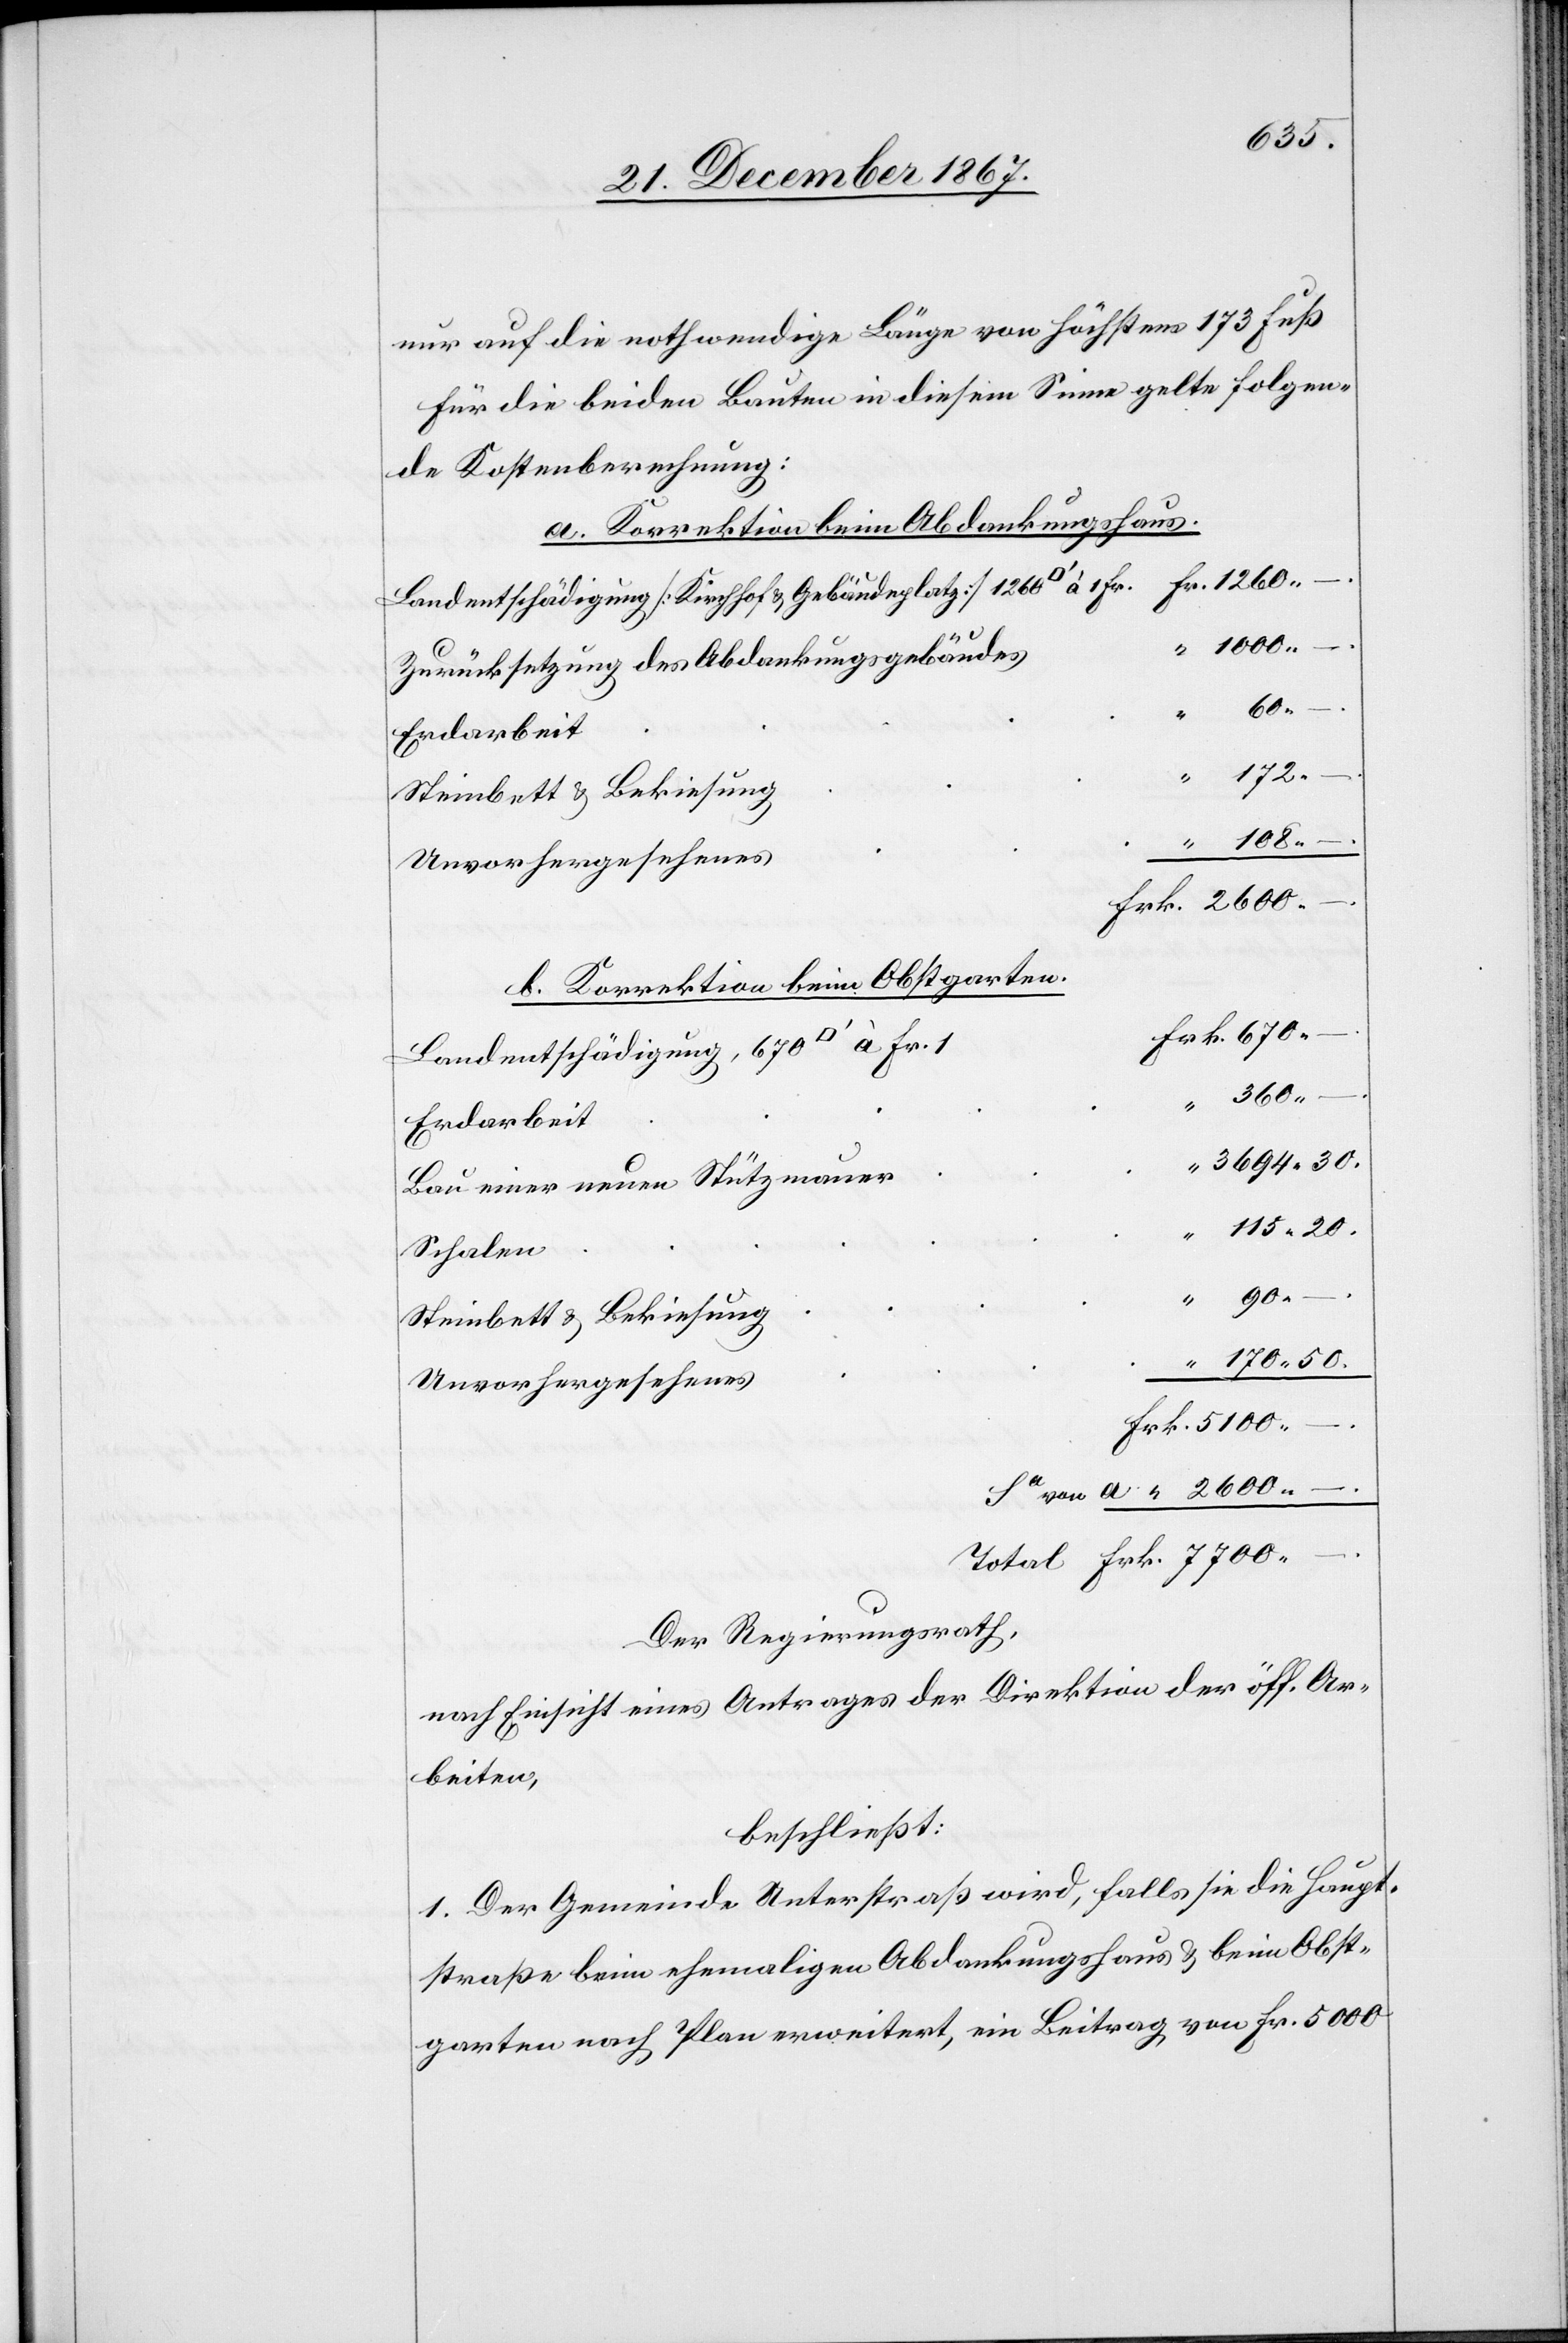
115.
nur auf die nothwendige Länge von höchstens 173 Fuß.
Für die beiden Bauten in diesem Sinne gelte folgen¬
de Kostenberechnung:
a. Korrektion beim Abdankungshaus.
Landentschädigung [Kirchhof u. Gebäudeplatz] 1260 [Quadratfuß]
–.
Zurücksetzung des Abdankungsgebäudes
Steinbett u. Bekiesung
2600.
–.
b. Korrektion beim Obstgarten.
Landentschädigung, 670 [Quadrat¬
Erdarbeit
Bau einer neuen Stützmauer
Schalen
“
Unvorhergesehenes
“
Der Regierungsrath,
nach Einsicht eines Antrages der Direktion der öff. Ar¬
beiten,
beschließt:
1. Der Gemeinde Unterstraß wird, falls sie die Haupt¬
straße beim ehemaligen Abdankungshaus u. beim Obst¬
garten nach Plan erweitert, ein Beitrag von Fr. 5000